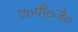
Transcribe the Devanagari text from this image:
ए०पी०जे०